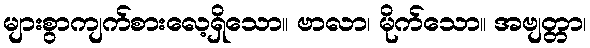
များစွာကျက်စားလေ့ရှိသော။ ဗာလာ၊ မိုက်သော။ အဗျတ္တာ၊